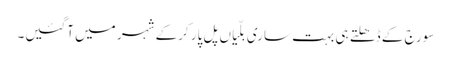
سورج کے ڈھلتے ہی بہت ساری بلّیاں پل پار کرکے شہر میں آگئیں۔